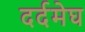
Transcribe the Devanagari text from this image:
दर्दमेघ